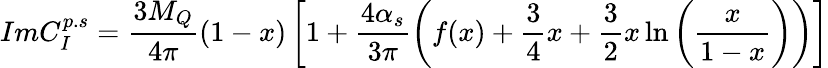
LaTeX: ImC_{I}^{p.s}=\frac{3M_{Q}}{4\pi}(1-x)\left[1+\frac{4\alpha_{s}}{3\pi}\left(f(x)+\frac 34x+\frac 32x\ln\left(\frac{x}{1-x}\right)\right)\right]